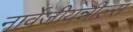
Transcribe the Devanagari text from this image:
नार्वेजीयन्नील्स